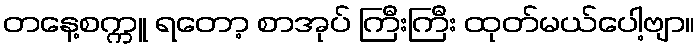
တနေ့စက္ကူ ရတော့ စာအုပ် ကြီးကြီး ထုတ်မယ်ပေါ့ဗျာ။